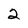
Character: 2